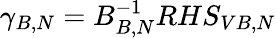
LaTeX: \gamma_{B,N}=B_{B,N}^{-1}RHS_{VB,N}